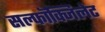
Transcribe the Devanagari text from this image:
सल्फॉक्जिलेट